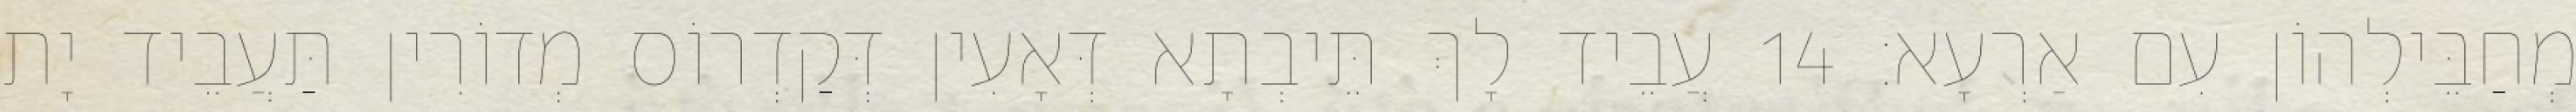
מְחַבֵּילְהוֹן עִם אַרְעָא׃ 14 עֲבֵיד לָךְ תֵּיבְתָא דְּאָעִין דְּקַדְרוֹס מְדוֹרִין תַּעֲבֵיד יָת